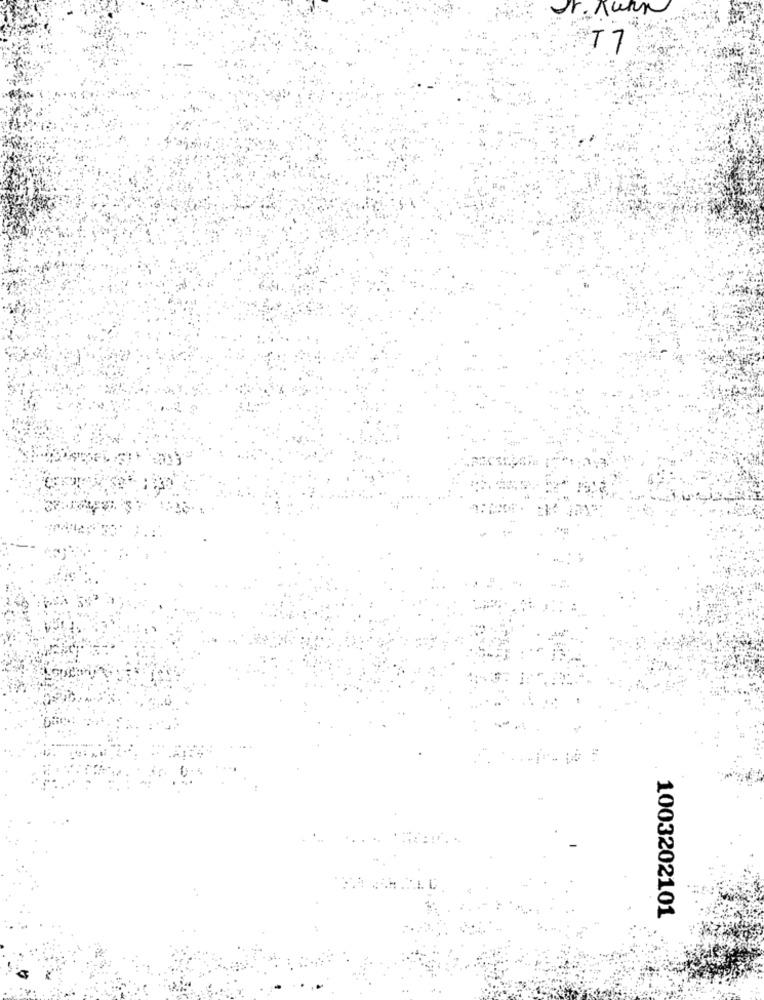
T7
1003202101